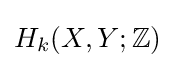
H_{k}(X,Y;\mathbb {Z} )